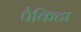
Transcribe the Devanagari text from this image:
पैकिटा